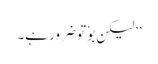
’’لیکن بوٗ تو ضرور ہے۔